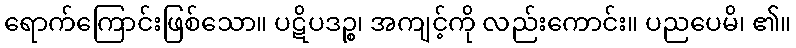
ရောက်ကြောင်းဖြစ်သော။ ပဋိပဒဉ္စ၊ အကျင့်ကို လည်းကောင်း။ ပညပေမိ၊ ၏။